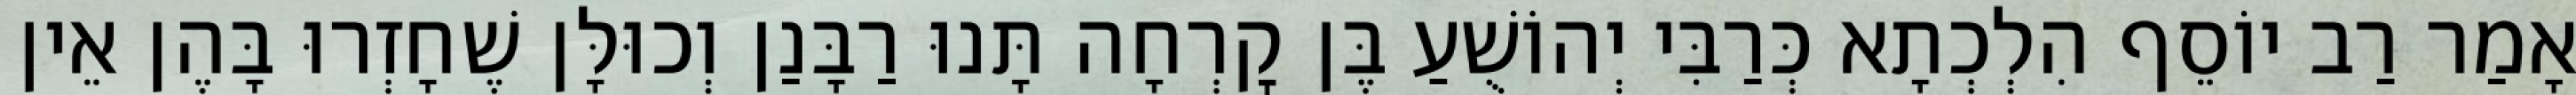
אָמַר רַב יוֹסֵף הִלְכְתָא כְּרַבִּי יְהוֹשֻׁעַ בֶּן קׇרְחָה תָּנוּ רַבָּנַן וְכוּלָּן שֶׁחָזְרוּ בָּהֶן אֵין